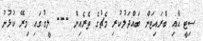
ސިޓީ އާއި ބްރައިޓަން ބައްދަލުކުރި މެޗުގެ ތެރެއިން --- ލީގުގައި މިރޭ ކުޅުނު